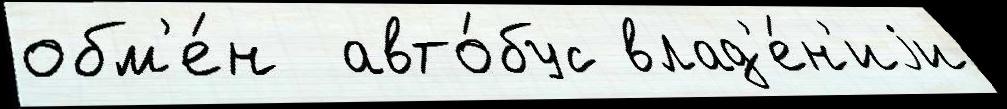
обм'е́н  авто́бус влад'е́н'иjи